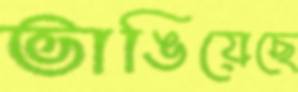
ভাঙিয়েছে